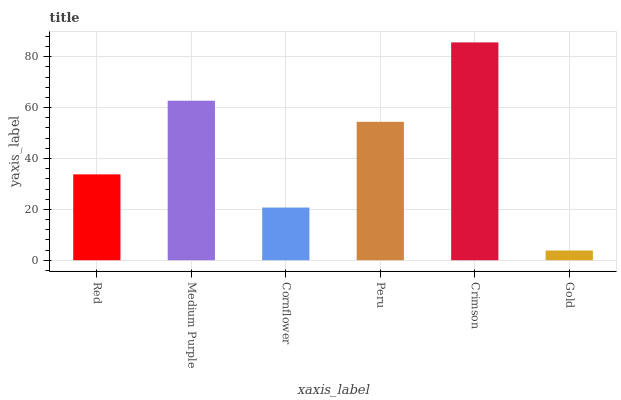
| xaxis_label | bars |
 | --- | --- |
 | Red | 33.8 |
 | Medium Purple | 62.7 |
 | Cornflower | 20.7 |
 | Peru | 54.4 |
 | Crimson | 85.6 |
 | Gold | 3.82 |